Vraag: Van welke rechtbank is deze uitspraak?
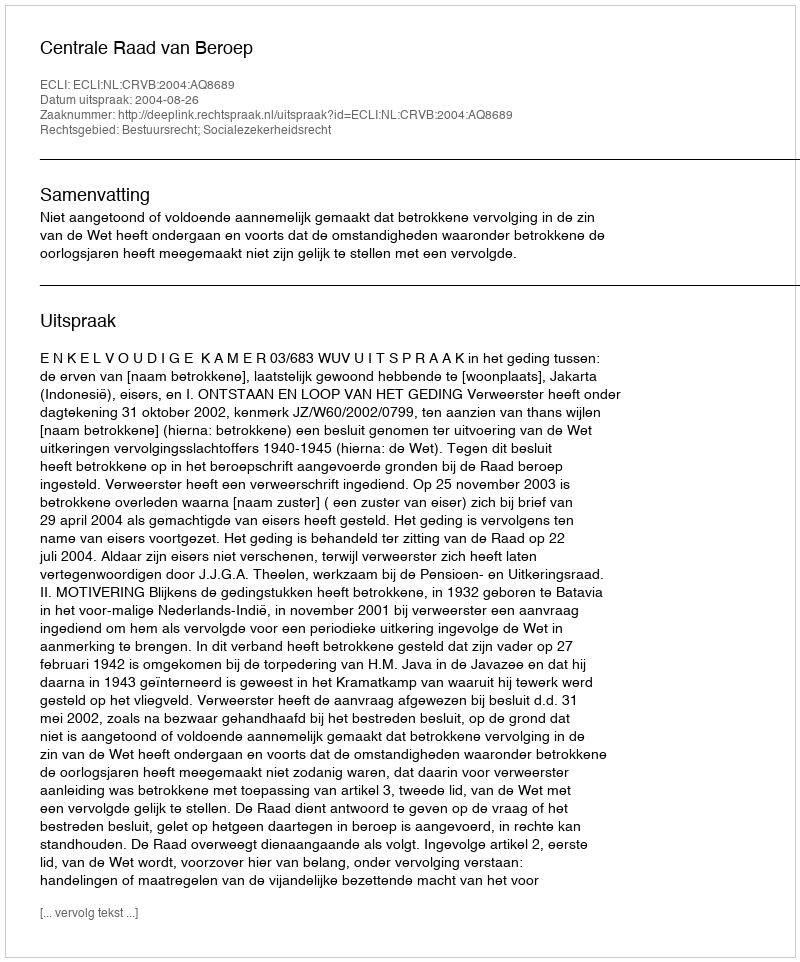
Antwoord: Centrale Raad van Beroep